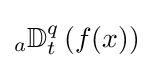
{}_{a}\mathbb {D} _{t}^{q}\left(f(x)\right)